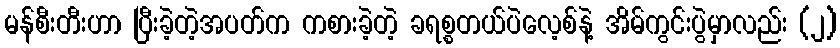
မန်စီးတီးဟာ ပြီးခဲ့တဲ့အပတ်က ကစားခဲ့တဲ့ ခရစ္စတယ်ပဲလေ့စ်နဲ့ အိမ်ကွင်းပွဲမှာလည်း (၂)